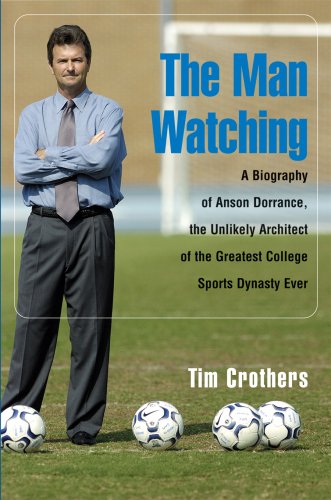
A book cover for The Man Watching: A Biography of Anson Dorrance, the Unlikely Architect of the Greatest College Sports Dynasty Ever; Tim Crothers; Biographies & Memoirs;